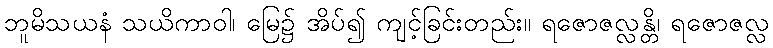
ဘူမိသယနံ သယိကာဝါ၊ မြေ၌ အိပ်၍ ကျင့်ခြင်းတည်း။ ရဇောဇလ္လန္တိ၊ ရဇောဇလ္လ